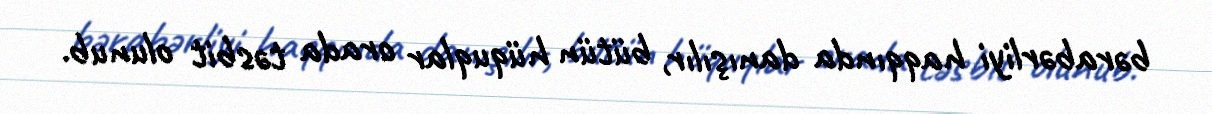
bərabərliyi haqqında danışılır, bütün hüquqlar orada təsbit olunub.